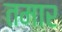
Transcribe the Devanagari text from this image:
तमार